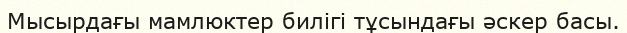
Мысырдағы мамлюктер билігі тұсындағы әскер басы.